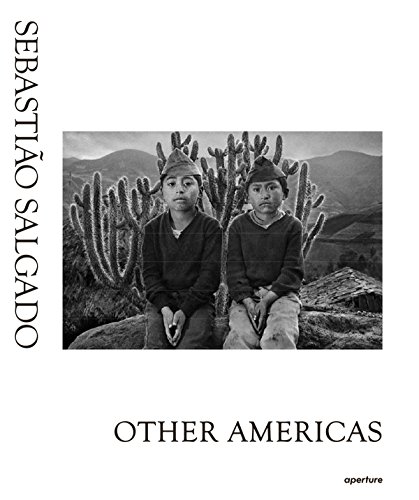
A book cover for SebastiÃ£o Salgado: Other Americas; Claude Nori; Travel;